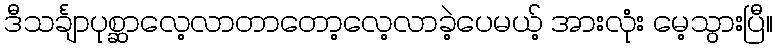
ဒီသင်္ချာပုစ္ဆာလေ့လာတာတော့လေ့လာခဲ့ပေမယ့် အားလုံး မေ့သွားပြီ။